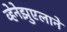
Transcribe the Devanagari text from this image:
व्हेनेझुएलाने